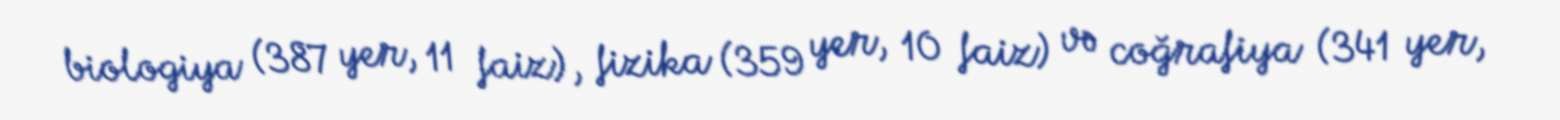
biologiya (387 yer, 11 faiz), fizika (359 yer, 10 faiz) və coğrafiya (341 yer,